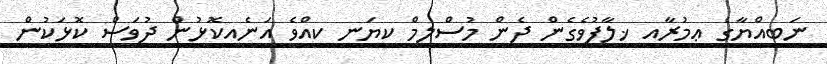
ނަބިއްޔާގެ ޢމުރާއި ޚިލާފުވެގެން ދެން މުސްލިމް ކިޔަނީ ކީއްވެ އަނެއކޮޅުން ދުވަސް ކޮޅަކުން